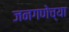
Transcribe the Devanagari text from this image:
जनगणेच्या